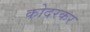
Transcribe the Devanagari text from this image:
कोदरकर